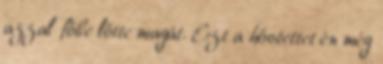
azzal főbe lőtte magát. Ezt a hőstettet én még